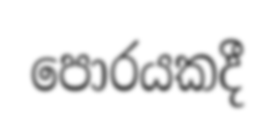
පොරයකදී